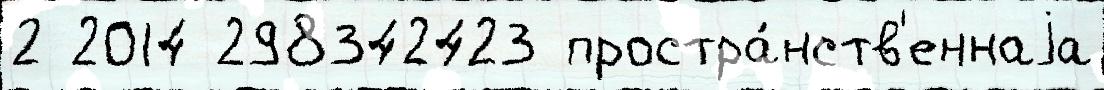
2 2014 298342423 простра́нств'еннаjа